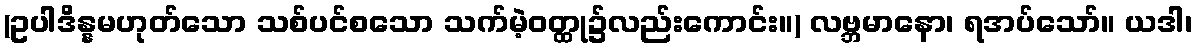
(ဥပါဒိန္နမဟုတ်သော သစ်ပင်စသော သက်မဲ့ဝတ္ထု၌လည်းကောင်း။) လဗ္ဘမာနော၊ ရအပ်သော်။ ယဒါ၊